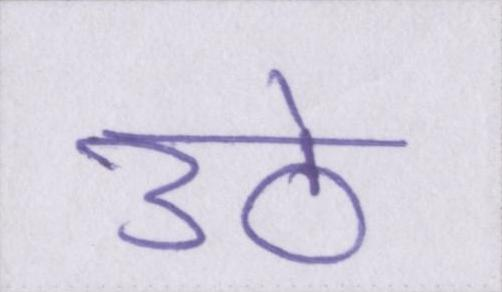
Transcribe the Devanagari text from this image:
उठे